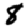
Digit: 8